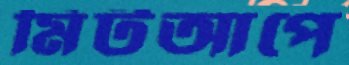
মিটআপে